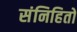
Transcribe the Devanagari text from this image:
संनिहितो